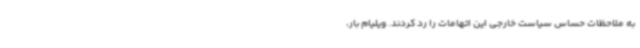
به ملاحظات حساس سیاست خارجی این اتهامات را رد کردند. ویلیام بار،